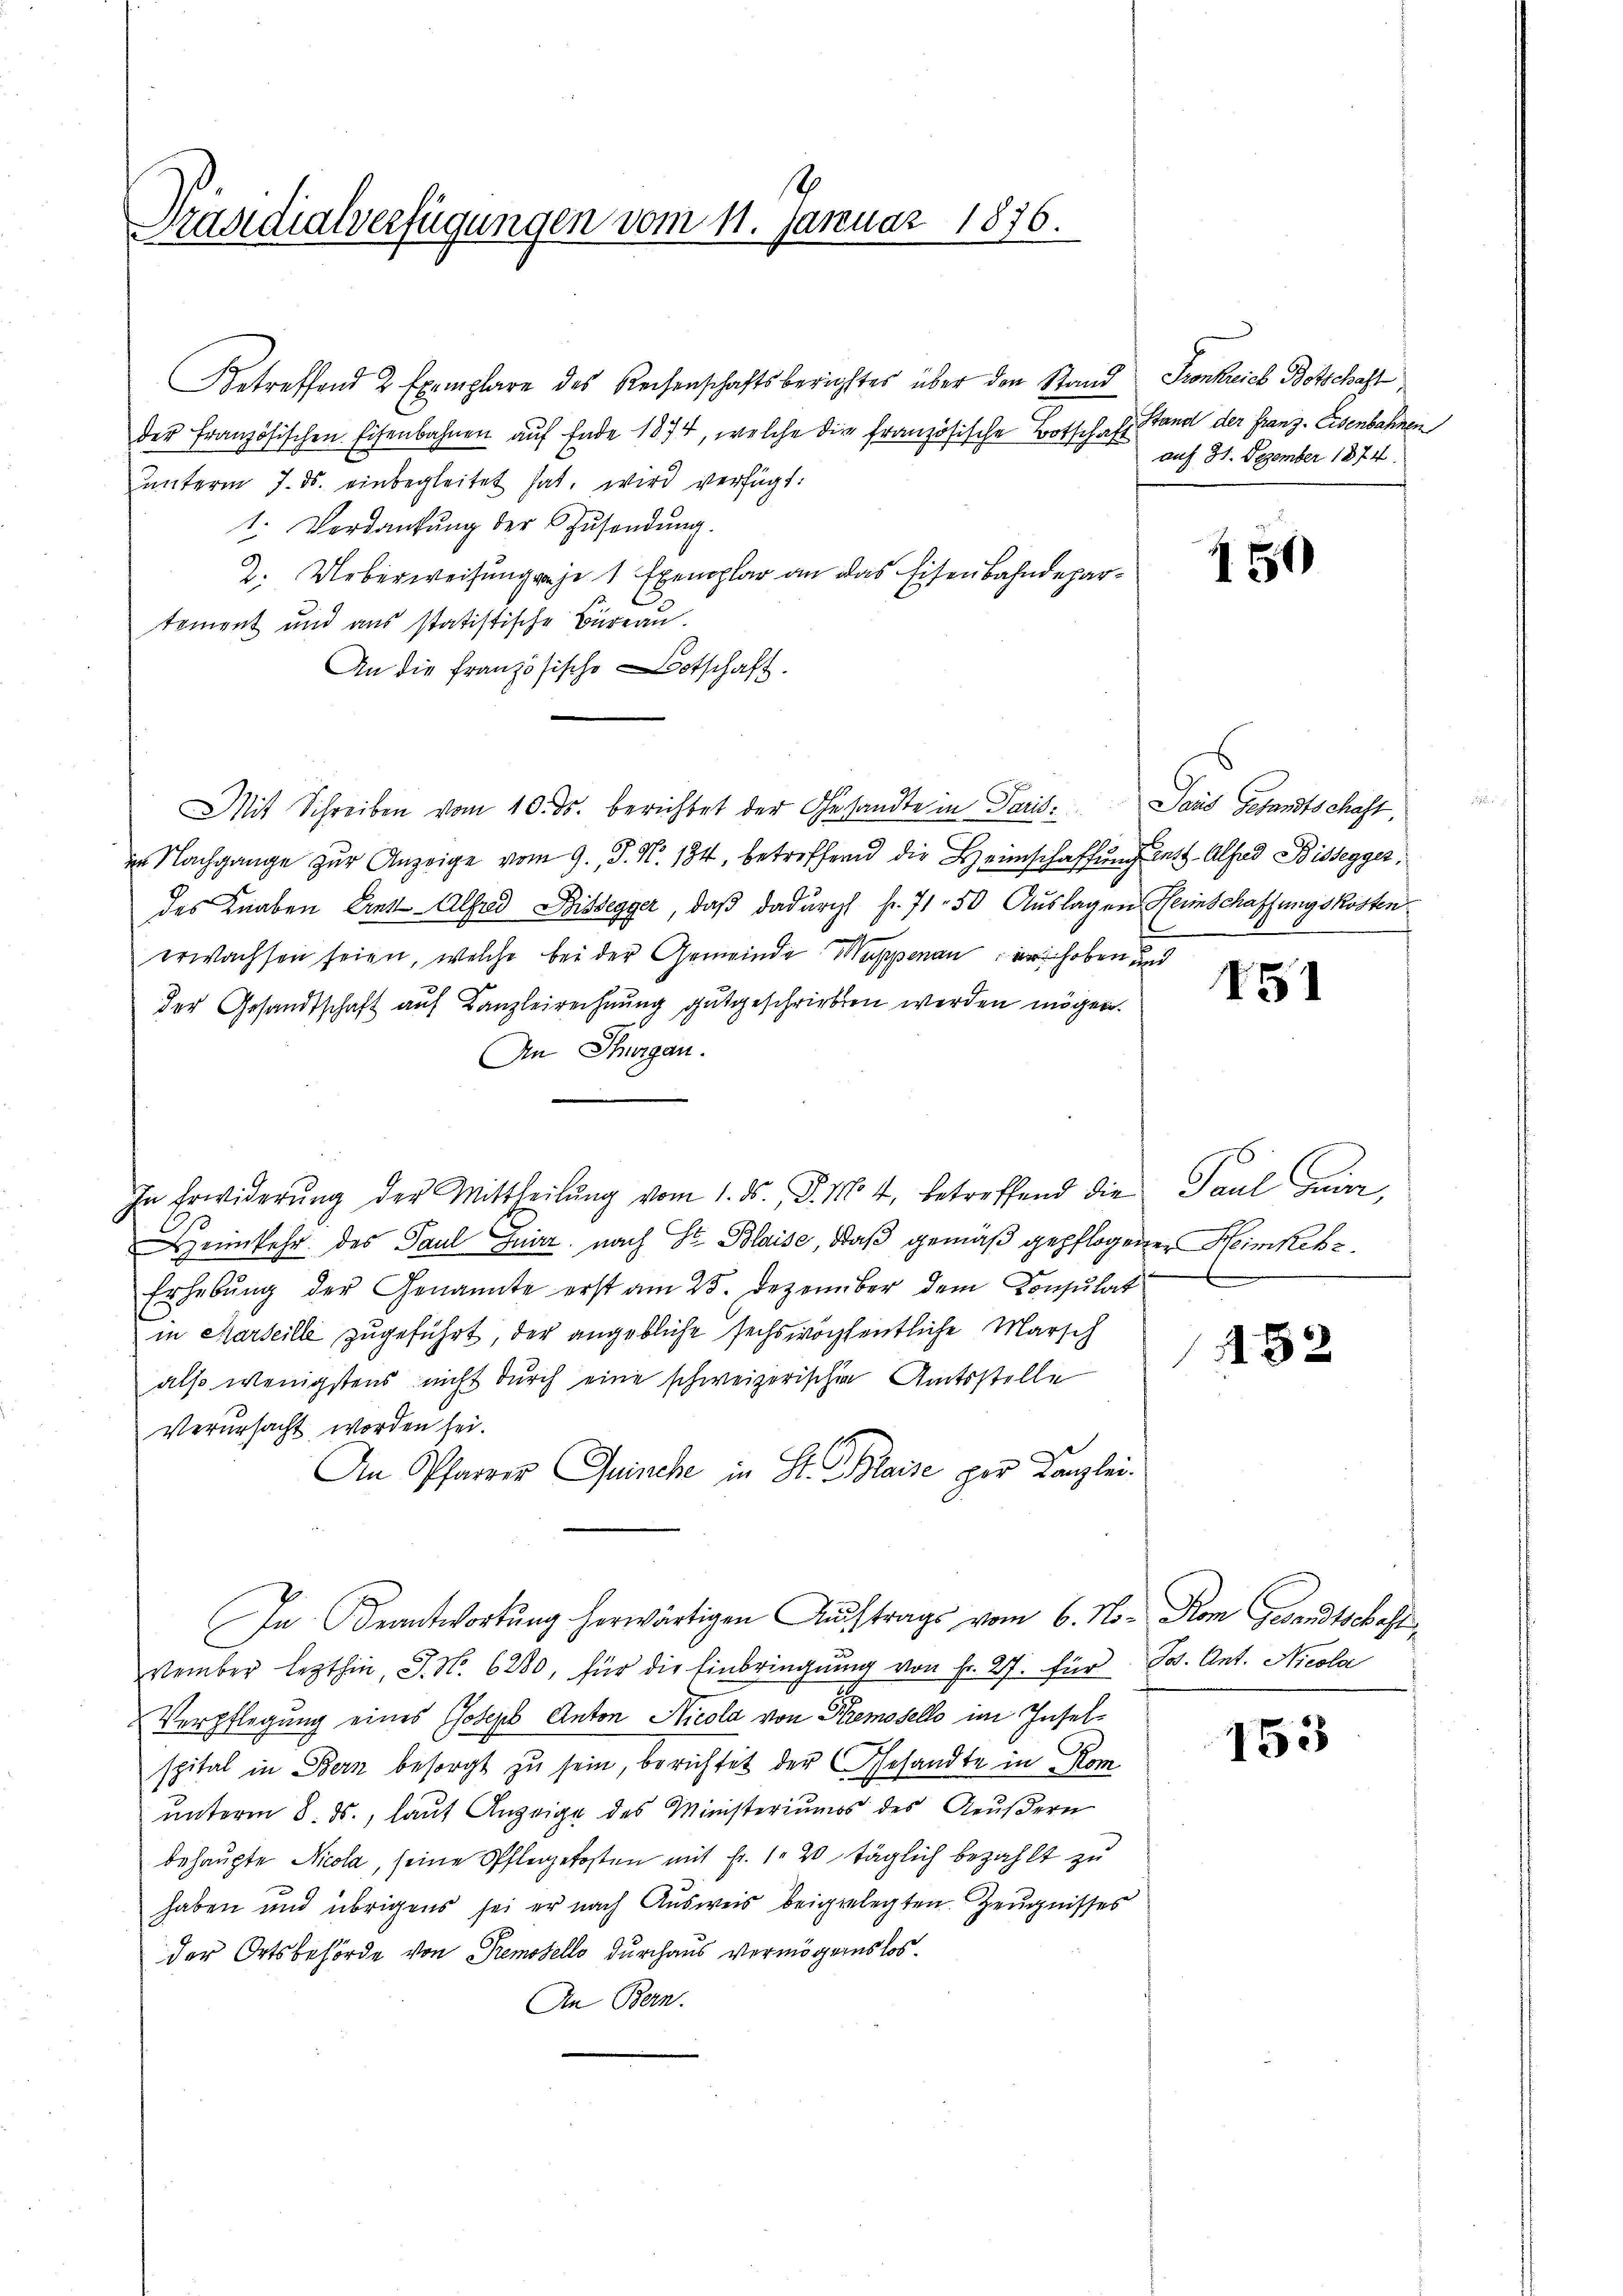
Präsidialverfügungen vom 11. Januar 1876.

Betreffend 2 Exemplare des Reisenschaftsberichter über den Stand Fronkreich Botschaft
der französischen Eisenbahnen auf Ende 1874, welche die französische Botschaft
unterm 7. ds. einbegleitet hat, wird verfügt:
1. Verdankŭng der Zŭsendŭng.
2. Ueberweisung reje 1 Exemplar an das Eisenbahndepartement und aus statistische Büreaŭ.
An die französische Botschaft.
Mit Schreiben vom 10. ds. berichtet der Gesandte in Paris. Dans Gesandtschaft,
n Nachgange zŭr Anzeige vom 9. J. N. 184, betreffend die Heimschaffŭng entt.- Alsod Bissegger,
des Knaben Ent-Alfad Dissegger, daß dadurch fr. 71. 50 Auslagen Heinschaffungskosten
erwachsen seien, welche bei der Gemeinde Wappenau erhoben und
der Gesandtschaft auf Kanzleirechnung gutgeschrieben werden mögen.
An Thurgau.
In Erwiderŭng der Mittheilŭng vom 1. ds., d. 104, betreffend die Paul geirr
Heimkehr des Paul Guirz. nach Dr. Blaise, daß gemäß gepflogener Heimkehr¬
Erhebŭng der Genannte erst am 25. Dezember dem Consulat
in Marseille zugeführt, der angebliche sechswöchentliche Marsch
als wenigstens nicht durch eine schweizerischen Amtsstelle
verursacht worden sei.
An Pfarrer Quinche in St. Gaise per Kanzlei.
In Beantwortung herwärtigen Auftrags vom 6. No- Rom Gesandtschaft
vember lezthin, J. N. 6280, für die Einbringung von Fr. 27. für Jos. Ant. Nicola
Verpflegung eines Joseph Anton Nicola von Kremovello im Inselspital in Bern besorgt zu sein, berichtet der Gesandte in Kom
unterm 8. ds., lauf Anzeige des Ministeriums des Aeußern
behaupte Nicola, seine Pfleggekosten mit Fr. 1. 20 täglich bezahlt zu
haben und übrigens sei er nach Ausweis beigelegten Zeugnisses
der Ortsbehörde von Premodello durchaus vermögens los¬
An Bern.

Stand der Franz Eisenbahnen
auf 31. Dezember 1874.

d

150

I51

52

153